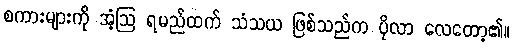
စကားများကို အံ့ဩ ရမည်ထက် သံသယ ဖြစ်သည်က ပိုလာ လေတော့၏။